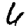
Digit: 6